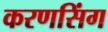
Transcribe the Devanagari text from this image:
करणसिंग